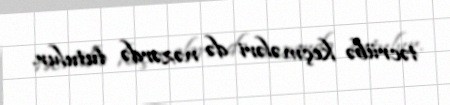
təcrübə keçmələri də nəzərdə tutulur.